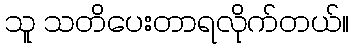
သူ သတိပေးတာရလိုက်တယ်။